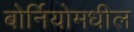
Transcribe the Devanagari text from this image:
बोर्नियोमधील